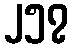
၂၅၇